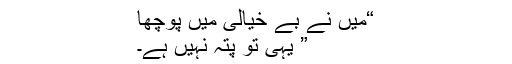
“میں نے بے خیالی میں پوچھا
” یہی تو پتہ نہیں ہے۔